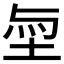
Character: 𡋬